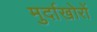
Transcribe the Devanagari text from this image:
मुर्दाखोरों